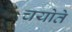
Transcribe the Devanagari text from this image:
चयोते